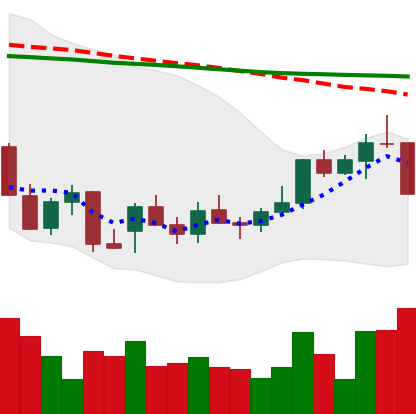
Ticker: LINK-USD
Chart end date: 2021-12-28
Forward return: 7.064%
Label: up_7plus